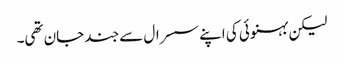
لیکن بہنوئی کی اپنے سسرال سے جند جان تھی۔